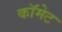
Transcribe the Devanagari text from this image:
काॅमेट